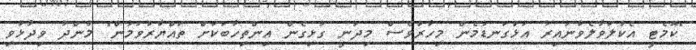
"ކޮމެޓީ އެކުލަވާލެވުނުއިރު އަޅުގަނޑުމެން މިހާރުވެސް މިދަނީ ގުޅިގެން އިންތިހާބަކަށް ތައްޔާރުވަމުން" މުންދު ވިދާޅުވި